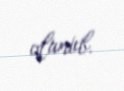
olunub.